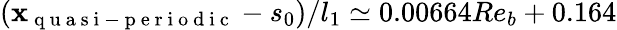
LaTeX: (\mathbf{x}_{\mathrm{{~q~u~a~s~i~-~p~e~r~i~o~d~i~c~}}}-s_{0})/l_{1}\simeq0.00664Re_{b}+0.164